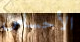
الأحساس